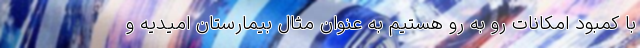
با کمبود امکانات رو به رو هستیم به عنوان مثال بیمارستان امیدیه و